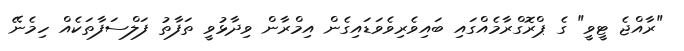
"ރާއްޖެ ޓީވީ" ގެ ޕްރޮގްރާމެއްގައި ބައިވެރިވެވަޑައިގެން އިމްރާން ވިދާޅުވީ ތަފާތު ފަލްސަފާތަކެއް ހިމެނޭ